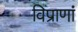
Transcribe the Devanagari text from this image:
विप्राणां